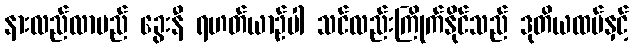
နားလည်လာမည် ခွေးနီ ရဟတ်ယာဉ်ပါ သင်လည်းကြိုက်နိုင်သည် ဒုတိယထပ်နှင့်